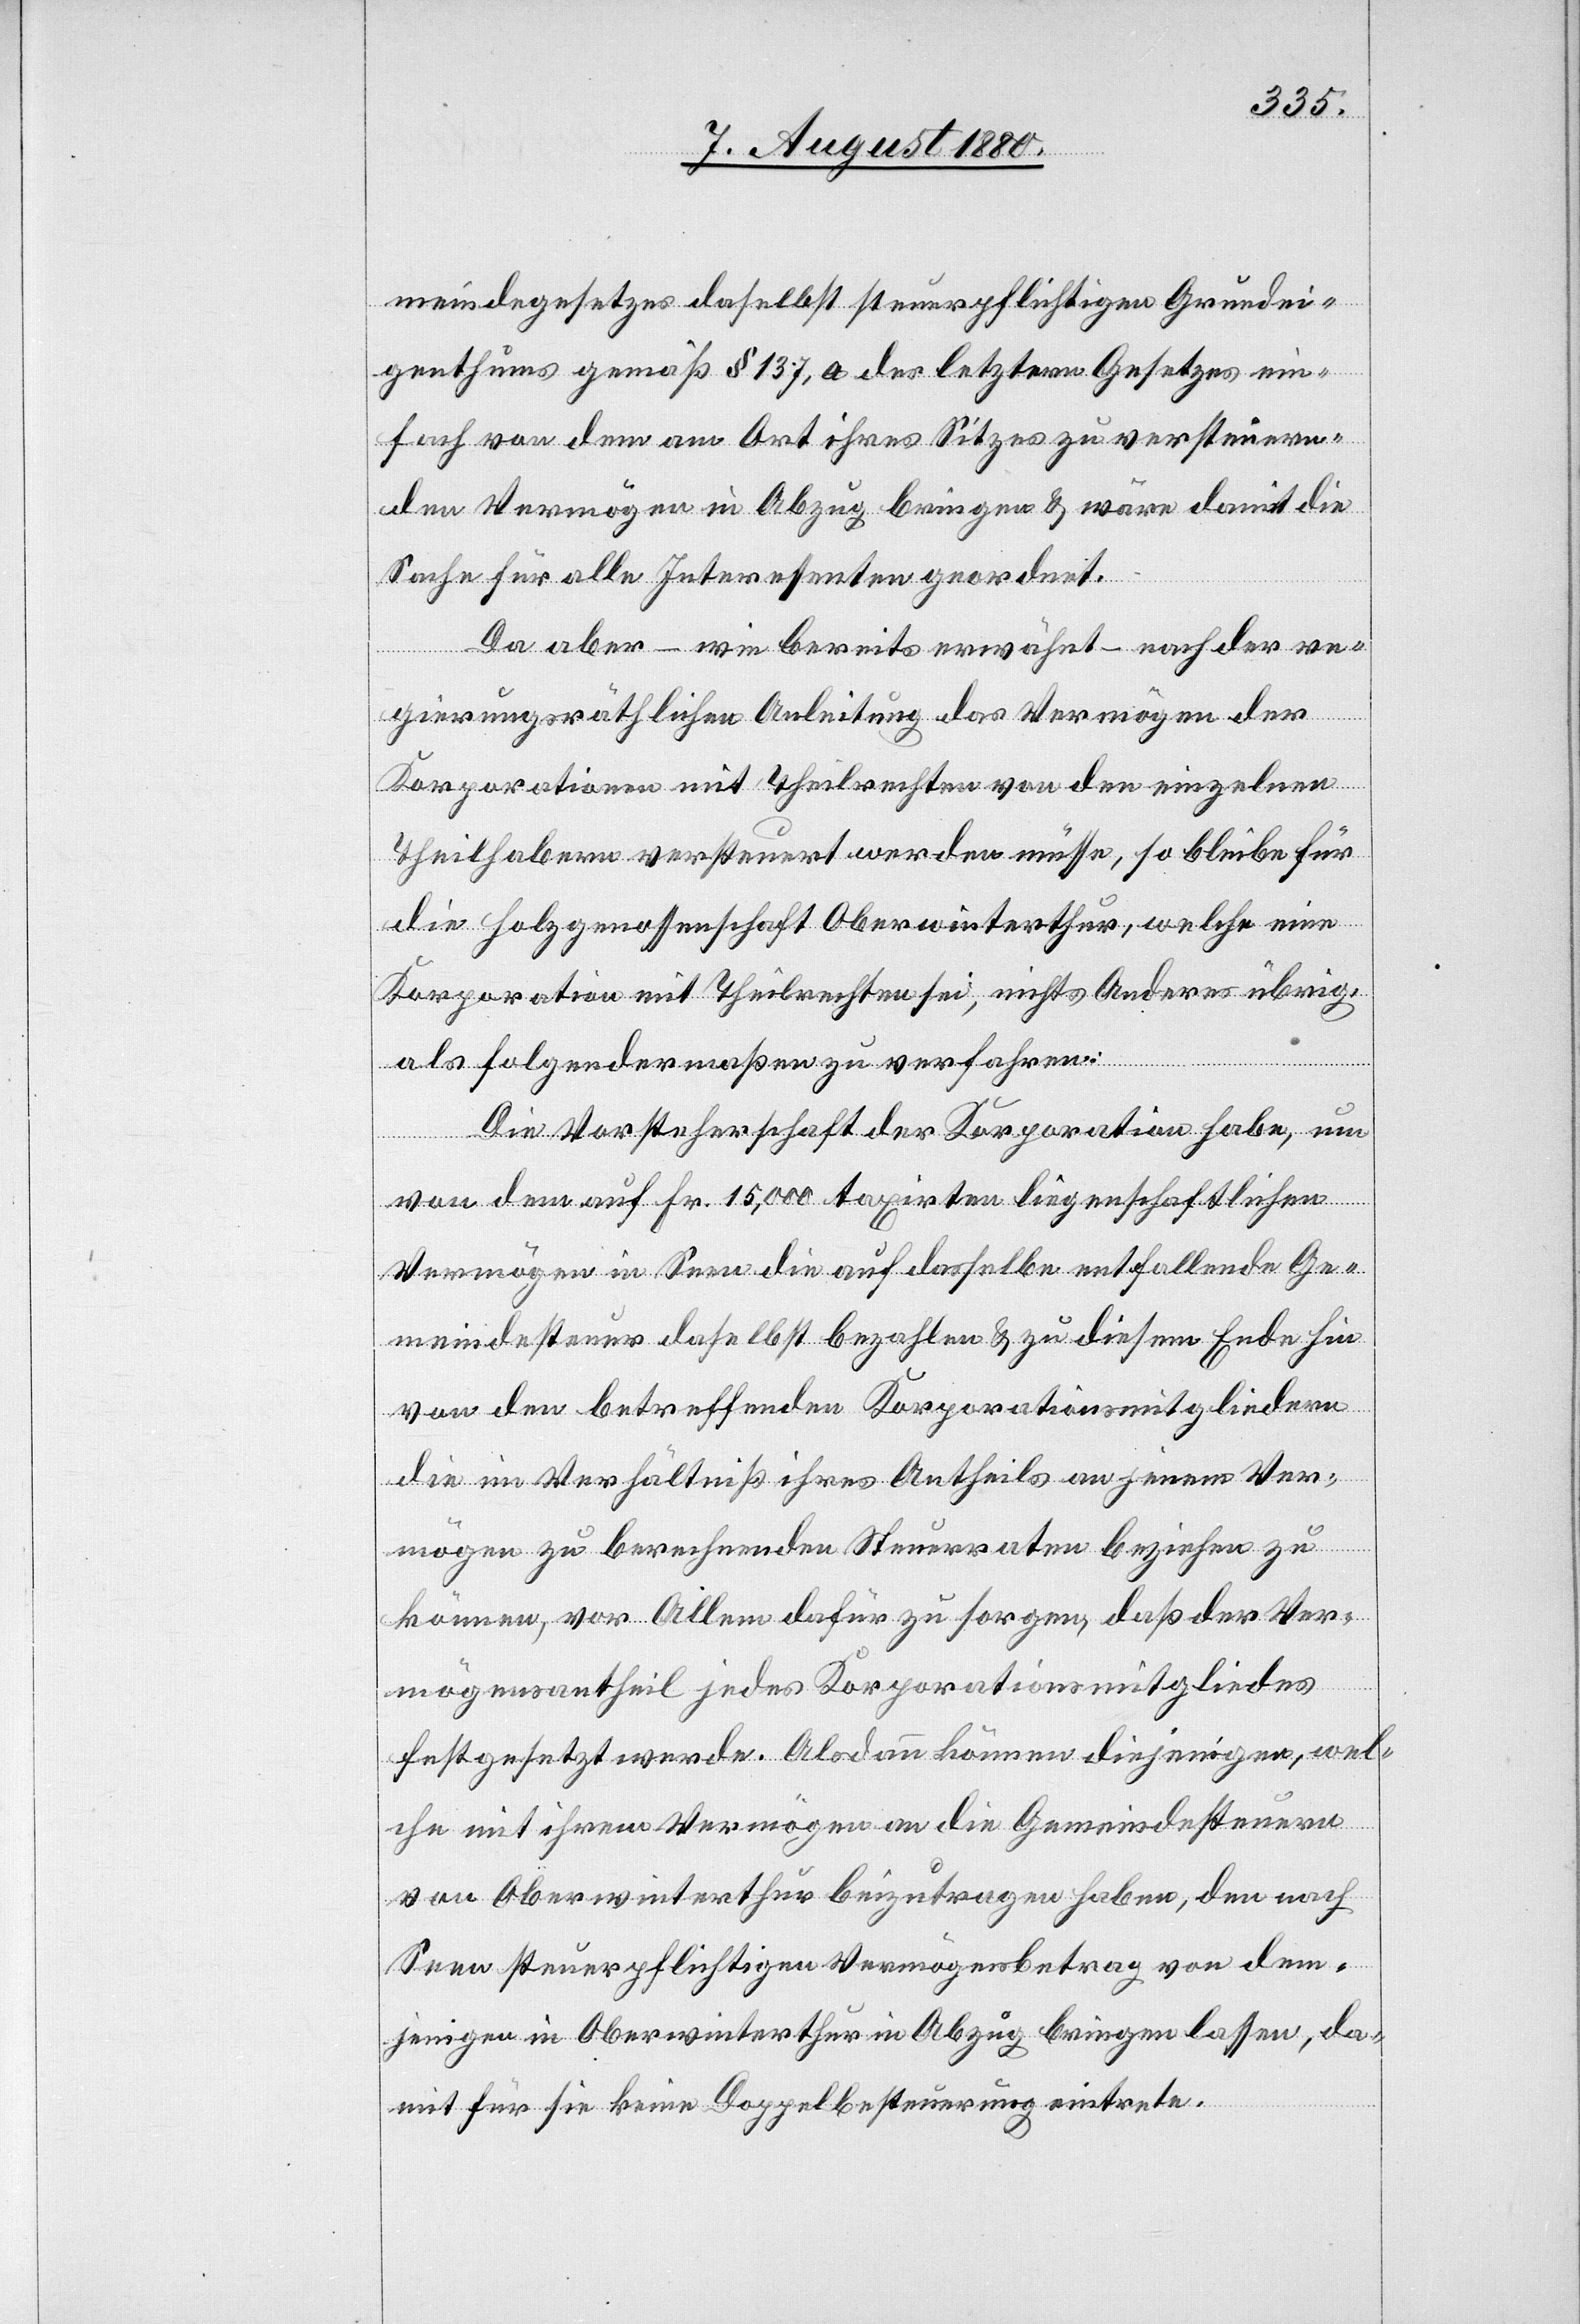
meindegesetzes daselbst steuerpflichtigen Grundei¬
genthums gemäß § 137, a des letztern Gesetzes ein¬
fach von dem am Ort ihres Sitzes zu versteuern¬
den Vermögen in Abzug bringen & wäre damit die
Sache für alle Interessenten geordnet.
Da aber – wie bereits erwähnt – nach der re¬
gierungsräthlichen Anleitung das Vermögen der
Korporationen mit Theilrechten von den einzelnen
Theilhabern versteuert werden müsse, so bleibe für
die Holzgenossenschaft Oberwinterthur, welche eine
Korporation mit Theilrechten sei, nichts Anderes übrig,
als folgendermaßen zu verfahren:
Die Vorsteherschaft der Korporation habe, um
von den auf Fr. 15,000 taxirten liegenschaftlichen
Vermögen in Seen die auf dasselbe entfallende Ge¬
meindesteuer dasselbst bezahlen & zu diesem Ende hin
von den betreffenden Korporationsmitgliedern
die im Verhältniß ihres Antheils an jenem Ver¬
mögen zu berechnenden Steuerraten beziehen zu
können, vor Allem dafür zu sorgen, daß der Ver¬
mögensantheil jedes Korporationsmitgliedes
festgesetzt werde. Alsdann können diejenigen, wel¬
che mit ihrem Vermögen an die Gemeindesteuern
von Oberwinterthur beizutragen haben, den nach
Seen steuerpflichtigen Vermögensbetrag von dem¬
jenigen in Oberwinterthur in Abzug bringen lassen, da¬
mit für sie keine Doppelbesteuerung eintrete.